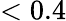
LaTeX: <0.4